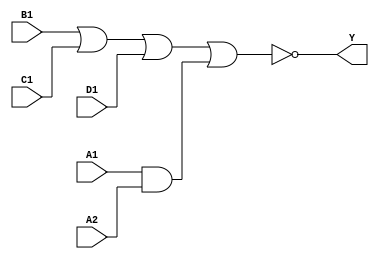
module sky130_fd_sc_ls__a2111oi (
    Y ,
    A1,
    A2,
    B1,
    C1,
    D1
);

    // Module ports
    output Y ;
    input  A1;
    input  A2;
    input  B1;
    input  C1;
    input  D1;

    // Local signals
    wire and0_out  ;
    wire nor0_out_Y;

    //  Name  Output      Other arguments
    and and0 (and0_out  , A1, A2              );
    nor nor0 (nor0_out_Y, B1, C1, D1, and0_out);
    buf buf0 (Y         , nor0_out_Y          );

endmodule